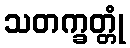
သတက္ခတ္တုံ